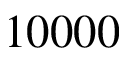
1 0 0 0 0